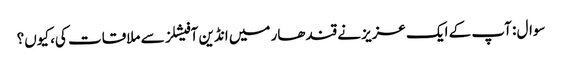
سوال : آپ کے ایک عزیز نے قندھار میں انڈین آفیشلز سے ملاقات کی، کیوں؟